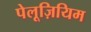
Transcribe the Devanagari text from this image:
पेलूज़ियिम